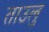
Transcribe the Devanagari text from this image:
ताउलु